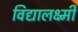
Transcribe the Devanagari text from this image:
विद्यालक्ष्मी